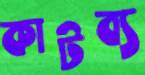
কাটব্য